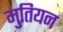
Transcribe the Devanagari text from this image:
मुतियन